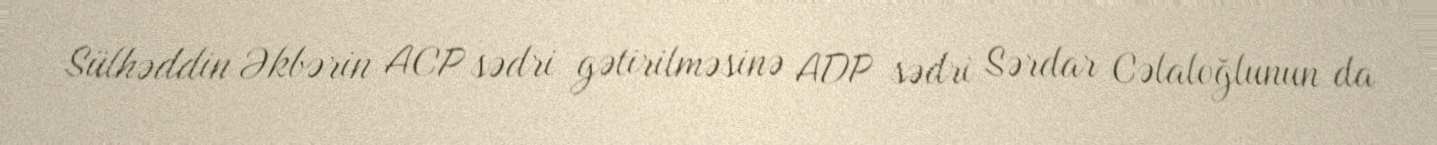
Sülhəddin Əkbərin ACP sədri gətirilməsinə ADP sədri Sərdar Cəlaloğlunun da